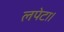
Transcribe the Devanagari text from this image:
लपेटा।